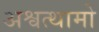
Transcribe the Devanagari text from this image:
अश्वत्थामो